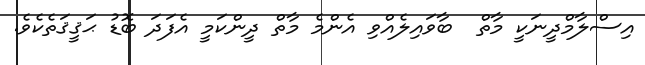
އިސްލާމްދީނަކީ މާތް  ބާވައިލެއްވި އެންމެ މާތް ދީންކަމީ އެފަދަ ބޮޑު ޙަޤީޤަތެކެވެ.